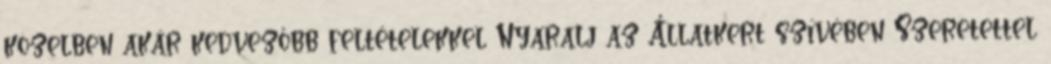
közelben akár kedvezőbb feltételekkel Nyaralj az Állatkert szívében Szeretettel